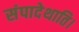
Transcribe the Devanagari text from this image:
संपादेथाति।